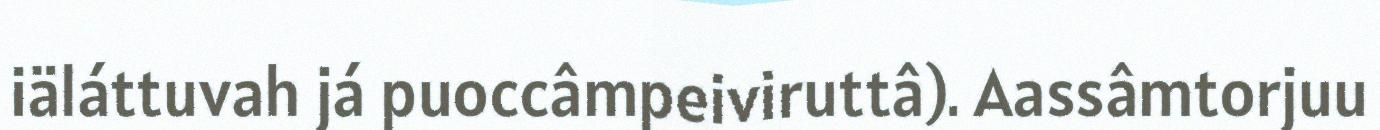
iäláttuvah já puoccâmpeiviruttâ). Aassâmtorjuu